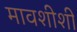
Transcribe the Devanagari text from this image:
मावशीशी